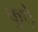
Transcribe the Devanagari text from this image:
कुथ़े